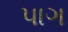
પાગ